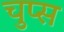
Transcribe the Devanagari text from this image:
चुप्स